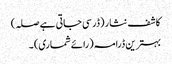
کاشف نثار (ڈر سی جاتی ہے صلہ)
بہترین ڈرامہ (رائے شماری) ۔